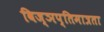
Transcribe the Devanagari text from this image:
विज्ञप्तिमात्रता